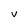
Character: v